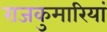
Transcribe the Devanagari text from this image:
राजकुमारियां